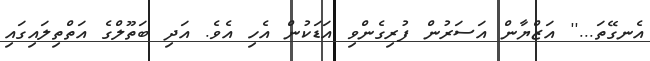
އެނގޭތަ...'' އަޒްޔާން އަސަރުން ފުރިގެންވި އަޑަކުން އެހި އެވެ. އަދި ބަތޫލްގެ އަތްތިލައިގައި